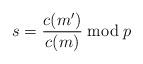
LaTeX: \begin{align*}s=\frac{c(m')}{c(m)} \bmod{p}\end{align*}